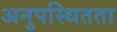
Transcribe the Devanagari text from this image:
अनुपस्थितता